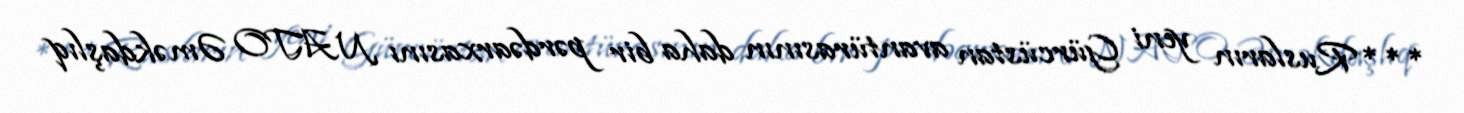
***Rusların yeni Gürcüstan avantürasının daha bir pərdəarxasını NATO Əməkdaşlıq